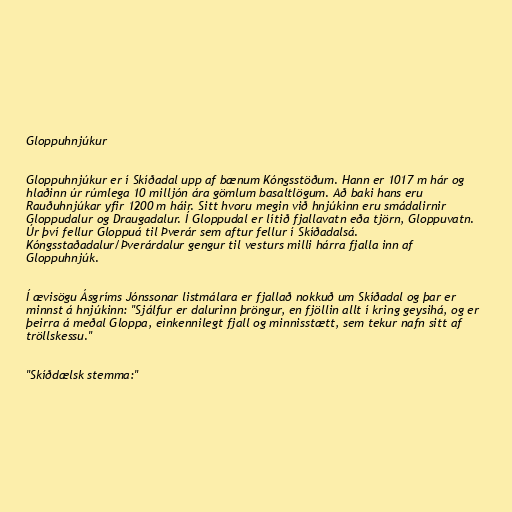
Gloppuhnjúkur

Gloppuhnjúkur er í Skíðadal upp af bænum Kóngsstöðum. Hann er 1017 m hár og
hlaðinn úr rúmlega 10 milljón ára gömlum basaltlögum. Að baki hans eru
Rauðuhnjúkar yfir 1200 m háir. Sitt hvoru megin við hnjúkinn eru smádalirnir
Gloppudalur og Draugadalur. Í Gloppudal er lítið fjallavatn eða tjörn, Gloppuvatn.
Úr því fellur Gloppuá til Þverár sem aftur fellur í Skíðadalsá.
Kóngsstaðadalur/Þverárdalur gengur til vesturs milli hárra fjalla inn af
Gloppuhnjúk.

Í ævisögu Ásgríms Jónssonar listmálara er fjallað nokkuð um Skíðadal og þar er
minnst á hnjúkinn: "Sjálfur er dalurinn þröngur, en fjöllin allt í kring geysihá, og er
þeirra á meðal Gloppa, einkennilegt fjall og minnisstætt, sem tekur nafn sitt af
tröllskessu."

"Skíðdælsk stemma:"